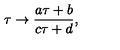
{ \tau \to { \frac { a \tau + b } { c \tau + d } } , }